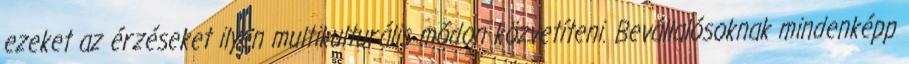
ezeket az érzéseket ilyen multikulturális módon közvetíteni. Bevállalósoknak mindenképp